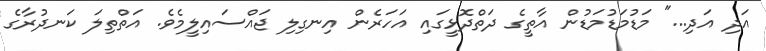
އަދި އަދި..." މަޑުމަޑުމަޑުން އާތީގެ ދަތްދޮޅީގައި އަހަރެން އިނގިލި ޖައްސައިލީމެވެ. އަތްތިލަ ކަނދުރާގެ